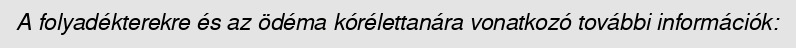
A folyadékterekre és az ödéma kórélettanára vonatkozó további információk: